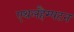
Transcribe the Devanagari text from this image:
एथलहैम्पटन